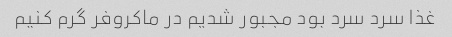
غذا سرد سرد بود مجبور شدیم در ماکروفر گرم کنیم